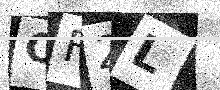
Text: CF2L